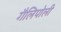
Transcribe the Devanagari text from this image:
गैलिपोली